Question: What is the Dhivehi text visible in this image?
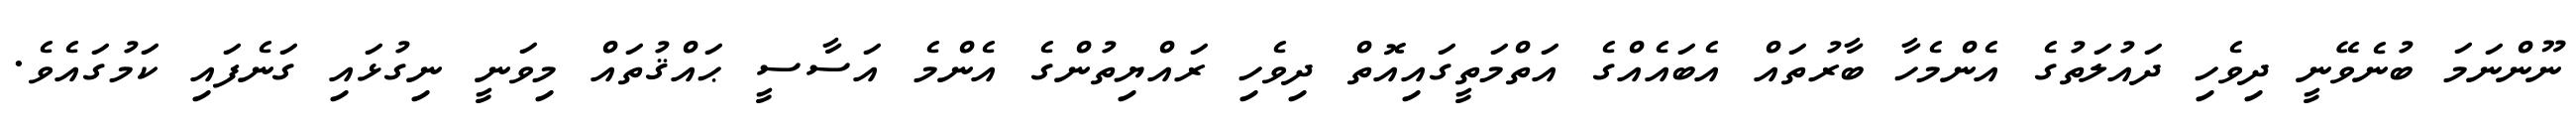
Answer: ނޫންނަމަ ބުނެވޭނީ ދިވެހި ދައުލަތުގެ އެންމެހާ ބާރުތައް އެބައެއްގެ އަތްމަތީގައިއޮތް ދިވެހި ރައްޔިތުންގެ އެންމެ އަސާސީ ޙައްޤުތައް މިވަނީ ނިގުޅައި ގަނެފައި ކަމުގައެވެ.